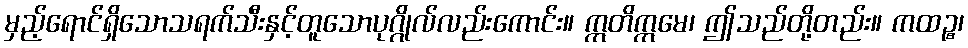
မှည့်ရောင်ရှိသောသရက်သီးနှင့်တူသောပုဂ္ဂိုလ်လည်းကောင်း။ ဣတိဣမေ၊ ဤသည်တို့တည်း။ ကထဉ္စ၊